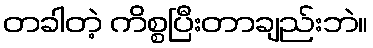
တခါတဲ့ ကိစ္စပြီးတာချည်းဘဲ။